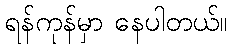
ရန်ကုန်မှာ နေပါတယ်။